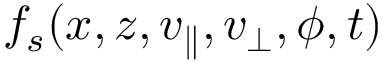
f _ { s } ( x , z , v _ { \parallel } , v _ { \perp } , \phi , t )